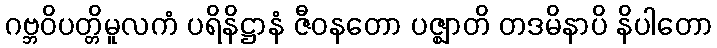
ဂဗ္ဘဝိပတ္တိမူလကံ ပရိနိဋ္ဌာနံ ဇီဝနတော ပဇ္ဈာတိ တဒမိနာပိ နိပါတော